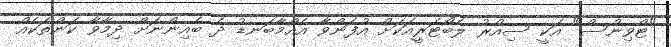
"ޓްވިންސް" އަކީ ސިއްރު ލެބޯޓަރީއަކަށް އުފަންވާ އެއްމާބަނޑު ދެ ބެއިންނަށް ދިމާވާ ކަންތަކެއް